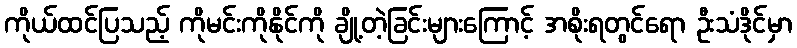
ကိုယ်ထင်ပြသည့် ကိုမင်းကိုနိုင်ကို ချို့တဲ့ခြင်းများကြောင့် အစိုးရတွင်ရော ဦးသံဒိုင်မှာ